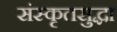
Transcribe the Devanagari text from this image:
संस्कृतसुद्धा